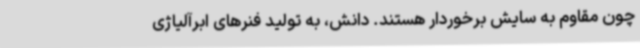
چون مقاوم به سایش برخوردار هستند. دانش، به تولید فنرهای ابرآلیاژی